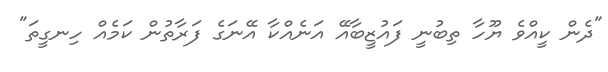
"ދެން ކީއްވެ ޔޫހާ ތިބުނީ ފައުޒީބާއޭ އަނެއްކާ އޭނަގެ ފަރާތުން ކަމެއް ހިނގީތަ"